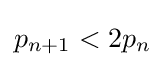
p_{n+1}<2p_{n}